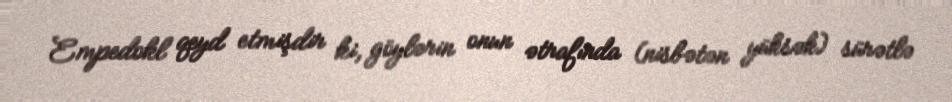
Empedokl qeyd etmişdir ki, göylərin onun ətrafında (nisbətən yüksək) sürətlə